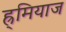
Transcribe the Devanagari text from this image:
ह्र्मियाज